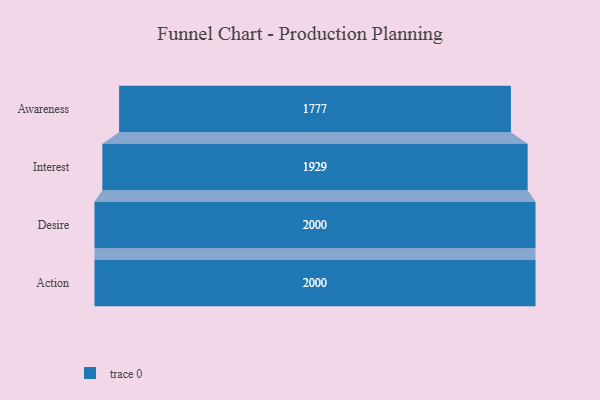
{"axis": {"x": "Stage", "y": "Value"}, "legend": [""], "data": [{"x": "Awareness", "y": 1777.0, "type": ""}, {"x": "Interest", "y": 1929.0, "type": ""}, {"x": "Desire", "y": 2000, "type": ""}, {"x": "Action", "y": 2000, "type": ""}]}